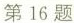
第16题